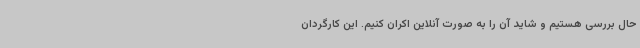
حال بررسی هستیم و شاید آن را به صورت آنلاین اکران کنیم. این کارگردان